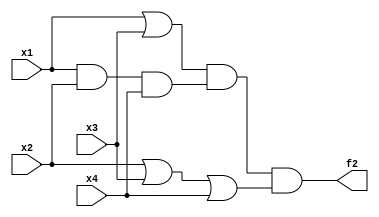
module extraq2(x1,x2,x3,x4,f2);
	input x1,x2,x3,x4;
	output f2;
	assign f2=(x1|x3)&(x1&x2&x4)&(x2|x3|x4);
endmodule